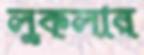
লুকলার